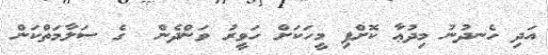
އަދި ހެނދުނު މިދުޢާ ކޮށްފި މީހަކަށް ހަވީރު ވަންދެން  ގެ ސަލާމަތްކަން